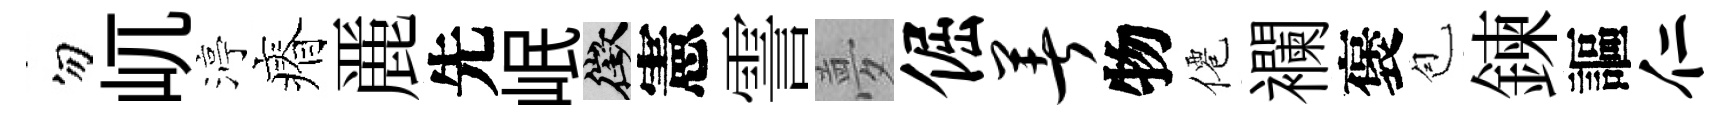
勿屼渟瘠䴡先岷徵憲霅夢倔著物僊襴褒苞鍊謳仁